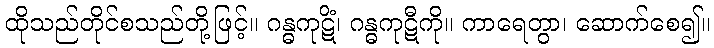
ထိုသည်တိုင်စသည်တို့ဖြင့်။ ဂန္ဓကုဋိံ၊ ဂန္ဓကုဋီကို။ ကာရေတွာ၊ ဆောက်စေ၍။